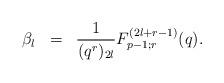
\begin{align*}\begin{array}{rcl}\beta_l & = & \displaystyle\frac{1}{(q^{r})_{2l}} F^{(2l+r-1)}_{p-1;r}(q).\end{array}\end{align*}